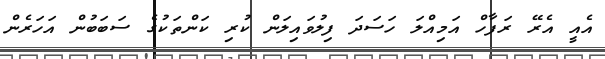
އެއީ އެރޭ ރަފާހް އަމިއްލަ ހަސަދަ ފިލުވައިލަން ކުރި ކަންތަކުގެ ސަބަބުން އަހަރެން